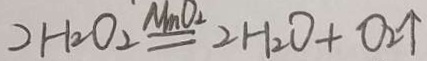
2 H _ { 2 } O _ { 2 } \xlongequal { M _ { m } O _ { 2 } } 2 H _ { 2 } O + O _ { 2 } \uparrow